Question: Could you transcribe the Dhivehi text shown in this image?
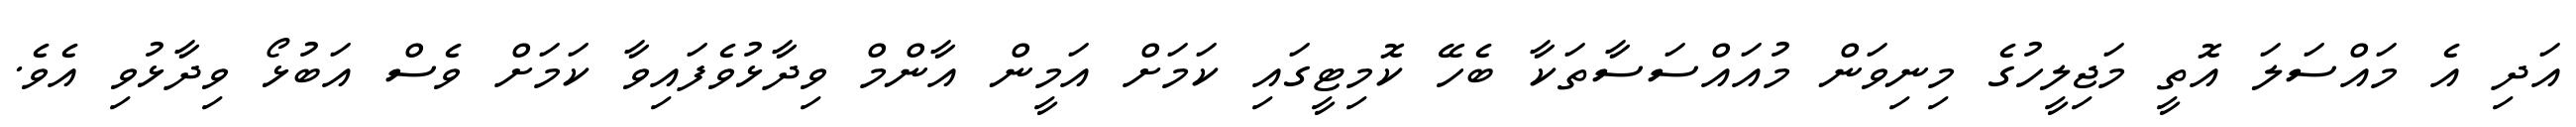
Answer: އަދި އެ މައްސަލަ އޮތީ މަޖިލީހުގެ މިނިވަން މުއައްސަސާތަކާ ބެހޭ ކޮމިޓީގައި ކަމަށް އަމީން އާންމް ވިދާޅުވެފައިވާ ކަމަށް ވެސް އަބުޅޯ ވިދާޅުވި އެވެ.